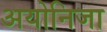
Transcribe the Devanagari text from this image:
अयोनिजा